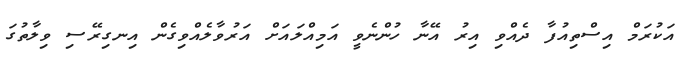
އަކުރަމް އިސްތިއުފާ ދެއްވި އިރު އޭނާ ހުންނެވީ އަމިއްލައަށް އަރުވާލެއްވިގެން އިނގިރޭސި ވިލާތުގަ